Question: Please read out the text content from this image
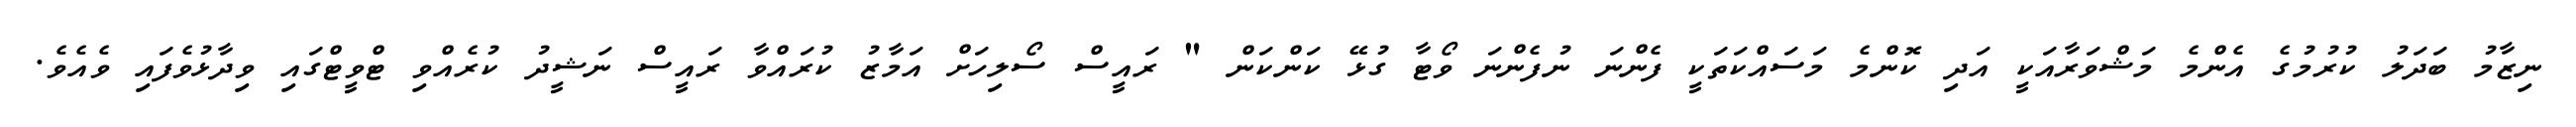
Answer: ނިޒާމު ބަދަލު ކުރުމުގެ އެންމެ މަޝްވަރާއަކީ އަދި ކޮންމެ މަސައްކަތަކީ ފެންނަ ނުފެންނަ ވޯޓާ ގުޅޭ ކަންކަން " ރައީސް ސޯލިހަށް އަމާޒު ކުރައްވާ ރައީސް ނަޝީދު ކުރެއްވި ޓްވީޓްގައި ވިދާޅުވެފައި ވެއެވެ.